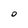
Character: 0